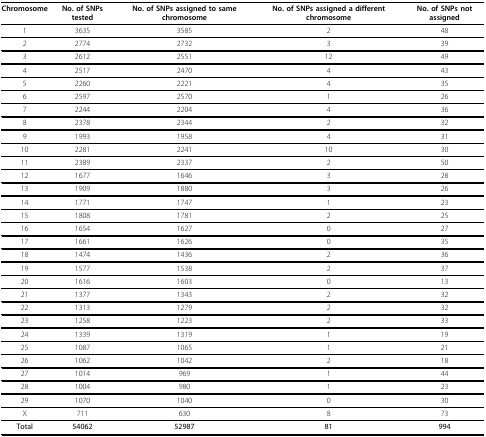
<table><thead><tr><td><b>Chromosome</b></td><td><b>No. of SNPs tested</b></td><td><b>No. of SNPs assigned to same chromosome</b></td><td><b>No. of SNPs assigned a different chromosome</b></td><td><b>No. of SNPs not assigned</b></td></tr></thead><tbody><tr><td>1</td><td>3635</td><td>3585</td><td>2</td><td>48</td></tr><tr><td>2</td><td>2774</td><td>2732</td><td>3</td><td>39</td></tr><tr><td>3</td><td>2612</td><td>2551</td><td>12</td><td>49</td></tr><tr><td>4</td><td>2517</td><td>2470</td><td>4</td><td>43</td></tr><tr><td>5</td><td>2260</td><td>2221</td><td>4</td><td>35</td></tr><tr><td>6</td><td>2597</td><td>2570</td><td>1</td><td>26</td></tr><tr><td>7</td><td>2244</td><td>2204</td><td>4</td><td>36</td></tr><tr><td>8</td><td>2378</td><td>2344</td><td>2</td><td>32</td></tr><tr><td>9</td><td>1993</td><td>1958</td><td>4</td><td>31</td></tr><tr><td>10</td><td>2281</td><td>2241</td><td>10</td><td>30</td></tr><tr><td>11</td><td>2389</td><td>2337</td><td>2</td><td>50</td></tr><tr><td>12</td><td>1677</td><td>1646</td><td>3</td><td>28</td></tr><tr><td>13</td><td>1909</td><td>1880</td><td>3</td><td>26</td></tr><tr><td>14</td><td>1771</td><td>1747</td><td>1</td><td>23</td></tr><tr><td>15</td><td>1808</td><td>1781</td><td>2</td><td>25</td></tr><tr><td>16</td><td>1654</td><td>1627</td><td>0</td><td>27</td></tr><tr><td>17</td><td>1661</td><td>1626</td><td>0</td><td>35</td></tr><tr><td>18</td><td>1474</td><td>1436</td><td>2</td><td>36</td></tr><tr><td>19</td><td>1577</td><td>1538</td><td>2</td><td>37</td></tr><tr><td>20</td><td>1616</td><td>1603</td><td>0</td><td>13</td></tr><tr><td>21</td><td>1377</td><td>1343</td><td>2</td><td>32</td></tr><tr><td>22</td><td>1313</td><td>1279</td><td>2</td><td>32</td></tr><tr><td>23</td><td>1258</td><td>1223</td><td>2</td><td>33</td></tr><tr><td>24</td><td>1339</td><td>1319</td><td>1</td><td>19</td></tr><tr><td>25</td><td>1087</td><td>1065</td><td>1</td><td>21</td></tr><tr><td>26</td><td>1062</td><td>1042</td><td>2</td><td>18</td></tr><tr><td>27</td><td>1014</td><td>969</td><td>1</td><td>44</td></tr><tr><td>28</td><td>1004</td><td>980</td><td>1</td><td>23</td></tr><tr><td>29</td><td>1070</td><td>1040</td><td>0</td><td>30</td></tr><tr><td>X</td><td>711</td><td>630</td><td>8</td><td>73</td></tr><tr><td><b>Total</b></td><td><b>54062</b></td><td><b>52987</b></td><td><b>81</b></td><td><b>994</b></td></tr></tbody></table>